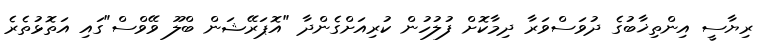
ރިޔާސީ އިންތިޚާބުގެ ދުވަސްވަރާ ދިމާކޮށް ފުލުހުން ކުރިއަށްގެންދާ "އޮޕަރޭޝަން ބްލޫ ވޭވްސް"ގައި އަތޮޅުތެރެ